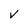
Character: v